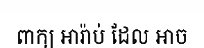
ពាក្យ អារ៉ាប់ ដែល អាច